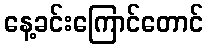
နေ့ခင်းကြောင်တောင်